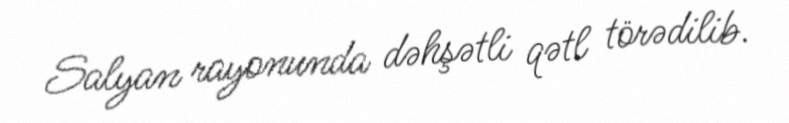
Salyan rayonunda dəhşətli qətl törədilib.